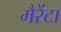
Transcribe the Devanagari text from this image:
मैरेंटा